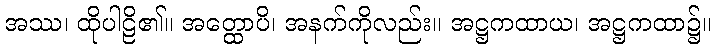
အဿ၊ ထိုပါဠိ၏။ အတ္ထောပိ၊ အနက်ကိုလည်း။ အဋ္ဌကထာယ၊ အဋ္ဌကထာ၌။